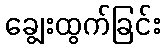
ချွေးထွက်ခြင်း